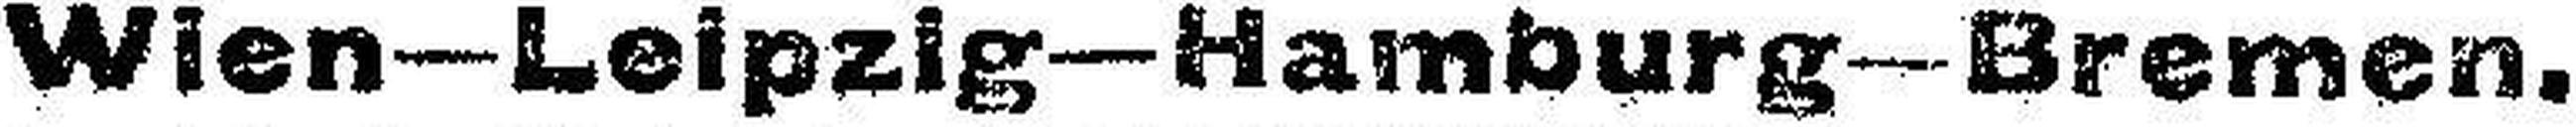
Wien—Leipzig—Hamburg—Bremen.